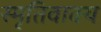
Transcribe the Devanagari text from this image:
स्मृतिवाक्य